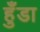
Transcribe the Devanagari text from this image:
हुँडा